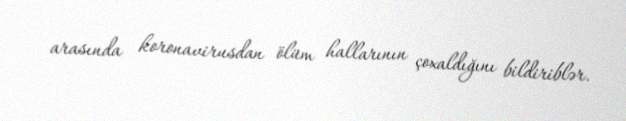
arasında koronavirusdan ölüm hallarının çoxaldığını bildiriblər.